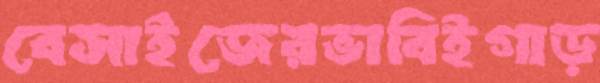
বেসাইজেরভাবিইগাড়